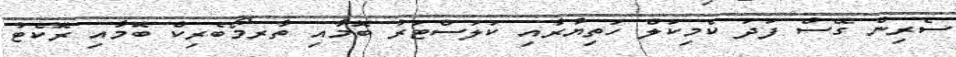
ސެރިން ގޭސް ފަދަ ކެމިކަލް ހަތިޔާރާއި ކަލަސްޓަރު ބޮމާއި ތާރމޯބެރިކް ބޮމާއި ރޮކެޓު